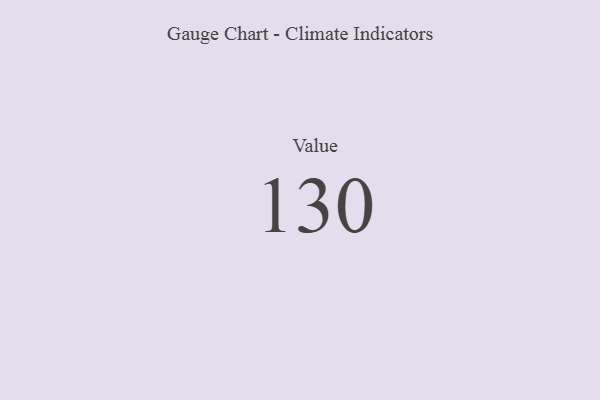
{"axis": {"x": "Metric", "y": "Value"}, "legend": [""], "data": [{"x": "Value", "y": 130, "type": ""}]}